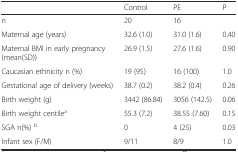
<table><thead><tr><td></td><td><b>Control</b></td><td><b>PE</b></td><td><b>P</b></td></tr></thead><tbody><tr><td>n</td><td>20</td><td>16</td><td></td></tr><tr><td>Maternal age (years)</td><td>32.6 (1.0)</td><td>31.0 (1.6)</td><td>0.40</td></tr><tr><td>Maternal BMI in early pregnancy (mean(SD))</td><td>26.9 (1.5)</td><td>27.6 (1.6)</td><td>0.90</td></tr><tr><td>Caucasian ethnicity n (%)</td><td>19 (95)</td><td>16 (100)</td><td>1.0</td></tr><tr><td>Gestational age of delivery (weeks)</td><td>38.7 (0.2)</td><td>38.2 (0.4)</td><td>0.26</td></tr><tr><td>Birth weight (g)</td><td>3442 (86.84)</td><td>3056 (142.5)</td><td>0.06</td></tr><tr><td>Birth weight centile<sup>a</sup></td><td>55.3 (7.2)</td><td>38.55 (7.60)</td><td>0.15</td></tr><tr><td>SGA n(%) <sup>b</sup></td><td>0</td><td>4 (25)</td><td>0.03</td></tr><tr><td>Infant sex (F/M)</td><td>9/11</td><td>8/9</td><td>1.0</td></tr></tbody></table>